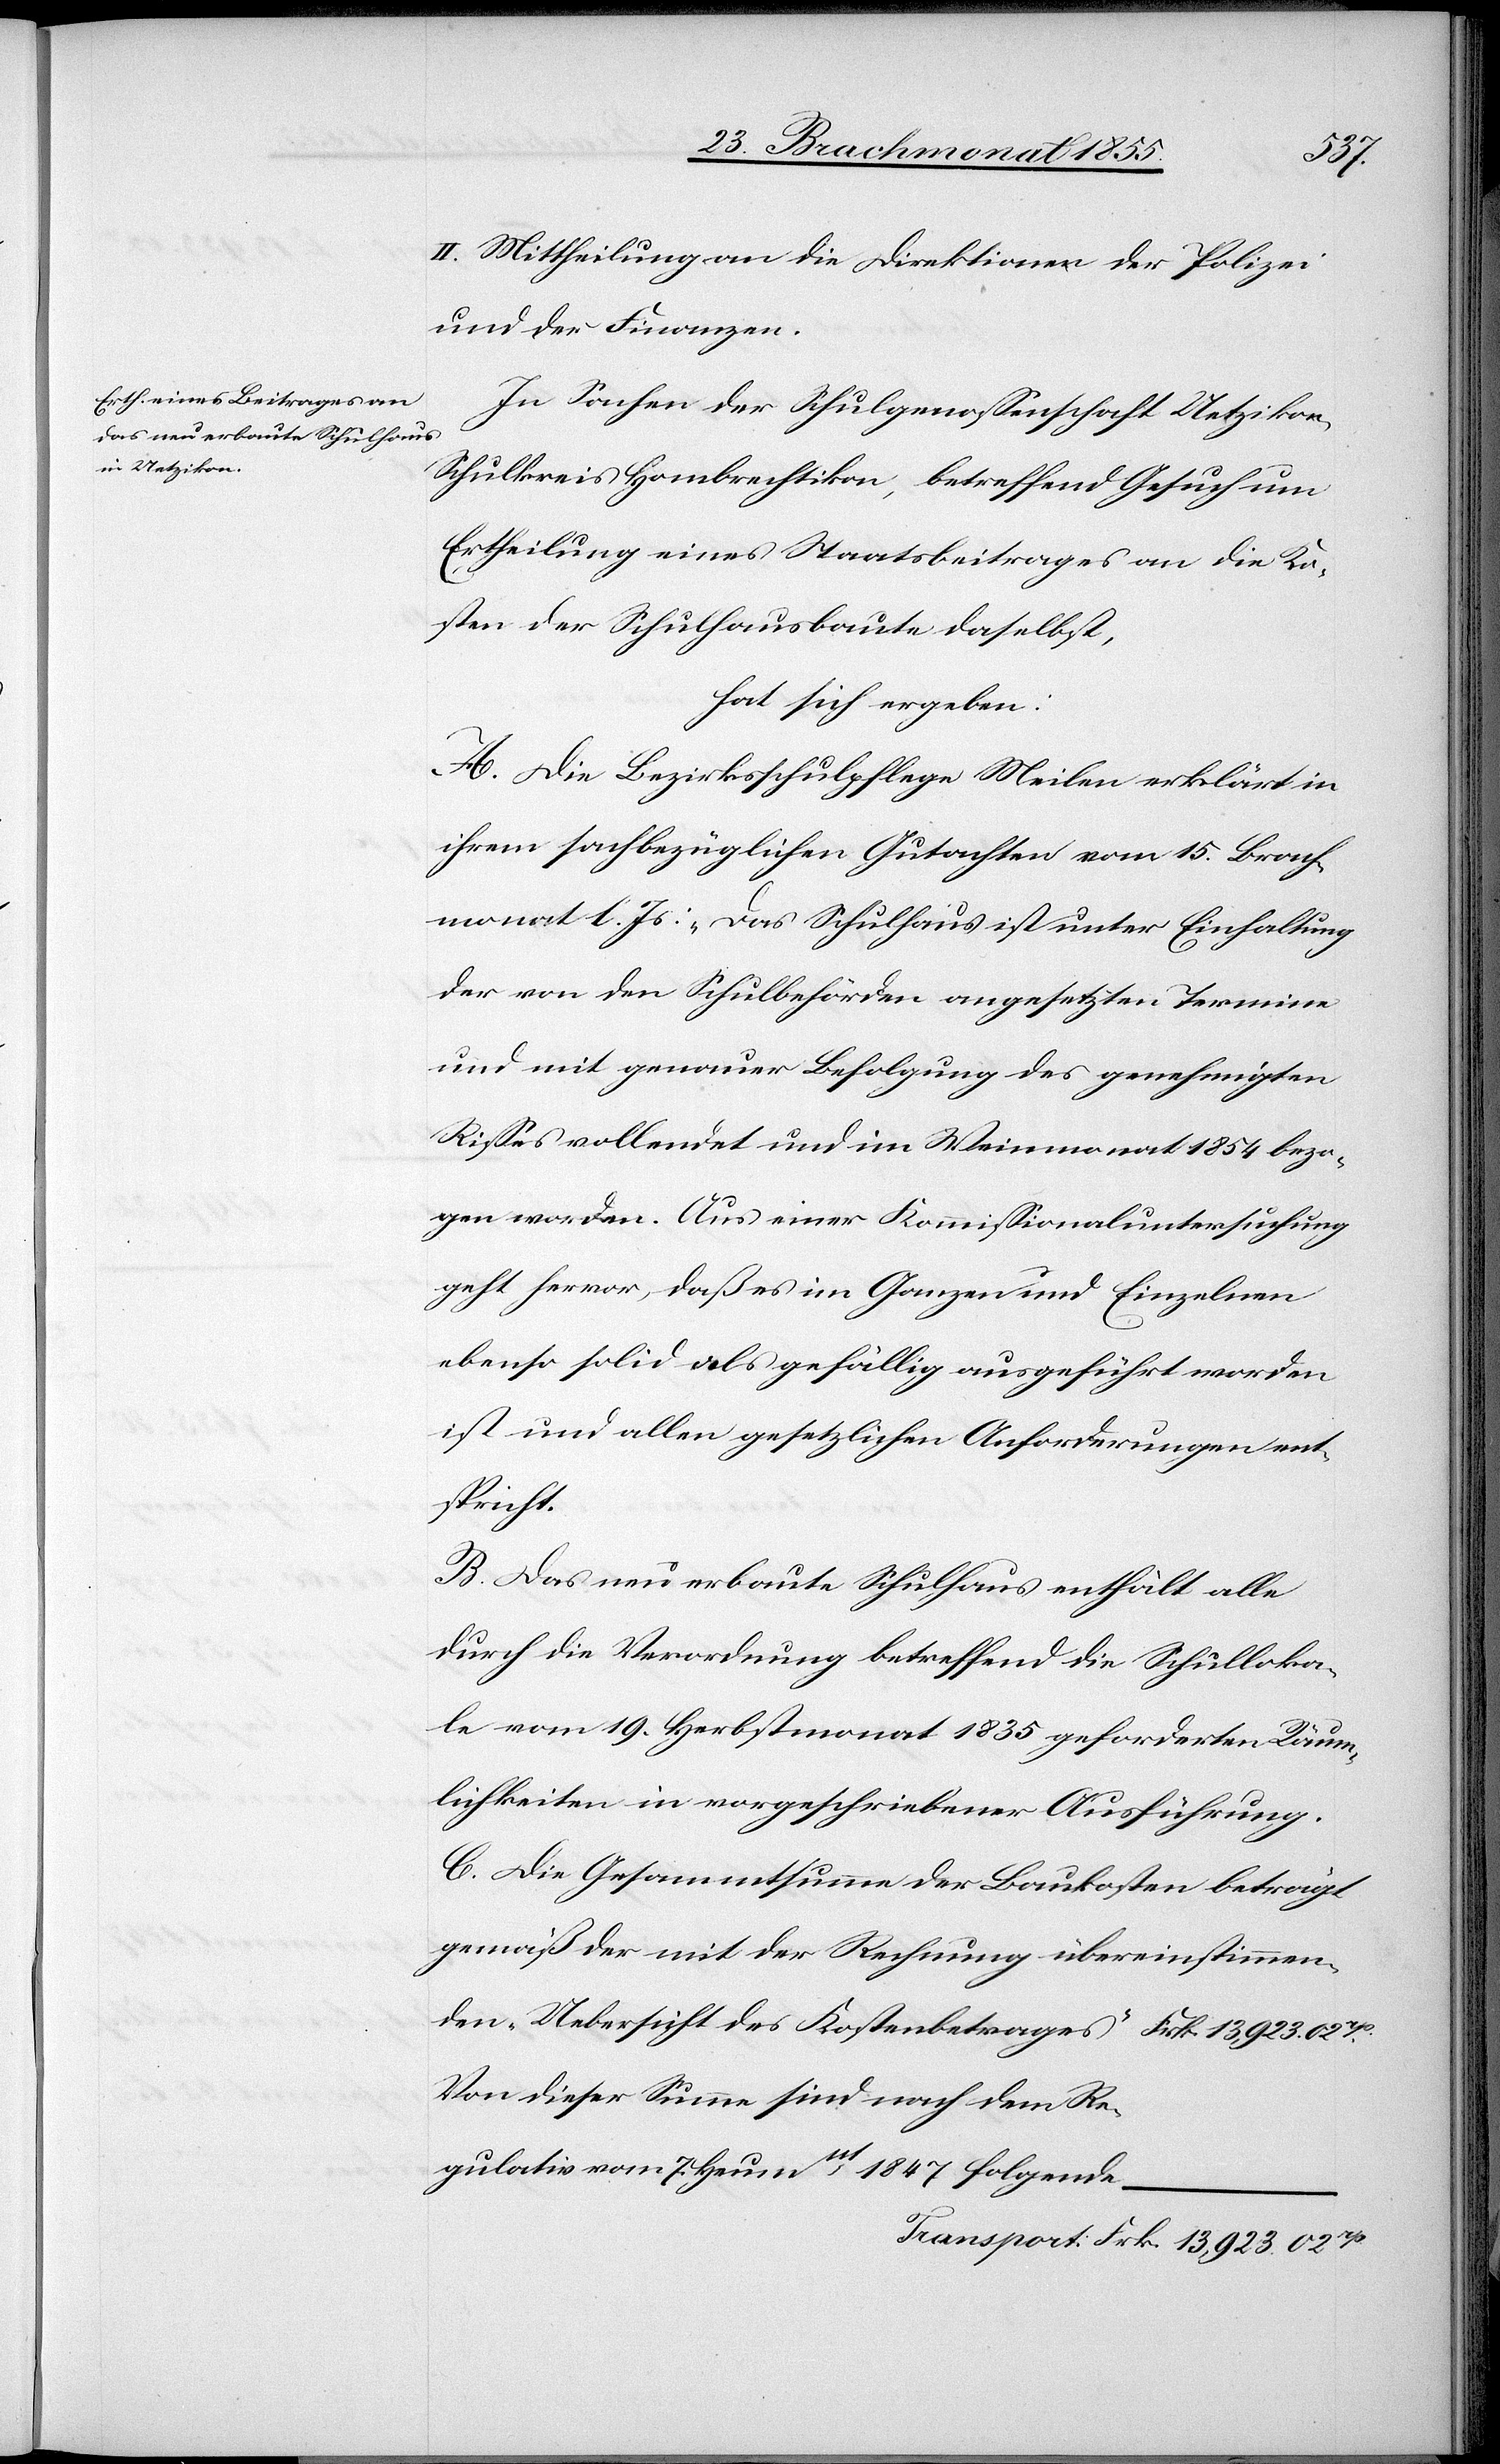
t.[“]
II. Mittheilung an die Direktionen der Polizei
und der Finanzen.
In Sachen der Schulgenossenschaft Uetzikon,
Schulkreis Hombrechtikon, betreffend Gesuch um
Ertheilung eines Staatsbeitrages an die Ko¬
sten der Schulhausbaute daselbst,
hat sich ergeben:
A. Die Bezirksschulpflege Meilen erklärt in
ihrem sachbezüglichen Gutachten vom 15. Brach¬
monat l. Js: „Das Schulhaus ist unter Einhaltung
der von den Schulbehörden angesetzten Termine
und mit genauer Befolgung des genehmigten
Risses vollendet und im Weinmonat 1854 bezo¬
gen worden. Aus einer Kommissionaluntersuchung
geht hervor, daß es im Ganzen und Einzelnen
ebenso solid als gefällig ausgeführt worden
ist und allen gesetzlichen Anforderungen ent¬
sprich¬
B. Das neu erbaute Schulhaus enthält alle
durch die Verordnung betreffend die Schulloka¬
le vom 19. Herbstmonat 1835 geforderten Räum¬
lichkeiten in vorgeschriebener Ausführung.
C. Die Gesammtsumme der Baukosten beträgt
Von dieser Summe sind nach dem Re¬
gulativ vom 7. Heumnt 1847 folgende